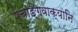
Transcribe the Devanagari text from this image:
पंचाङ्गवाक्यानि